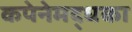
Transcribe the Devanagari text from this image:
कपेनेमद्धका